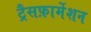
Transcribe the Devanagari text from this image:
ट्रैसफ़ार्मेशन